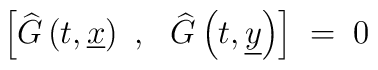
\left[ \widehat{G}\left( t,\underline{x}\right)~,~~ \widehat{G}\left(    t,\underline{y}\right)\right] \;=\; 0